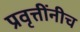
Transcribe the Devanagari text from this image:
प्रवृत्तींनीच